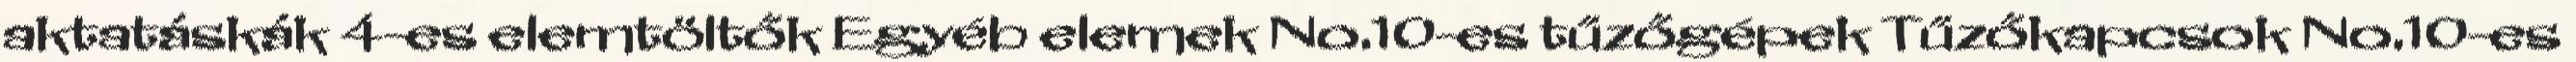
aktatáskák 4-es elemtöltők Egyéb elemek No.10-es tűzőgépek Tűzőkapcsok No.10-es